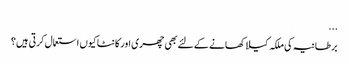
...
برطانیہ کی ملکہ کیلا کھانے کے لئے بھی چھری اور کانٹا کیوں استعمال کرتی ہیں؟